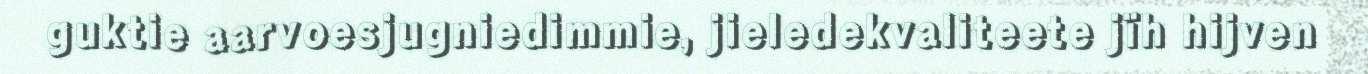
guktie aarvoesjugniedimmie, jieledekvaliteete jïh hijven